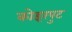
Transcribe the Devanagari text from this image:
कोइरपुट